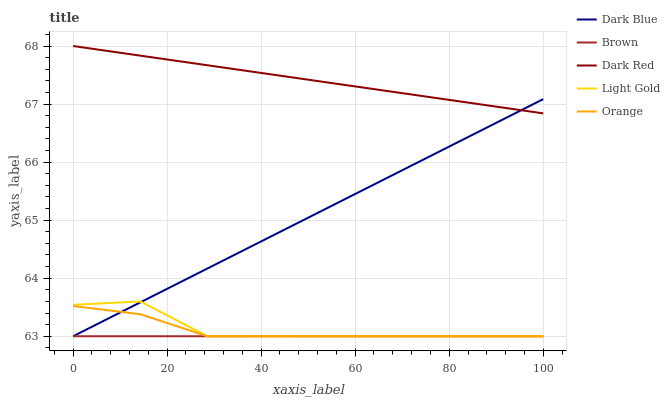
| xaxis_label | Dark Blue | Brown | Dark Red | Light Gold | Orange |
 | --- | --- | --- | --- | --- | --- |
 | 0 | 63 | 63 | 68 | 63.5 | 63.5 |
 | 14.3 | 63.6 | 63 | 67.8 | 63.6 | 63.4 |
 | 28.6 | 64.2 | 63 | 67.7 | 63 | 63 |
 | 42.9 | 64.8 | 63 | 67.5 | 63 | 63 |
 | 57.1 | 65.3 | 63 | 67.3 | 63 | 63 |
 | 71.4 | 65.9 | 63 | 67.2 | 63 | 63 |
 | 85.7 | 66.5 | 63 | 67 | 63 | 63 |
 | 100 | 67.1 | 63 | 66.8 | 63 | 63 |